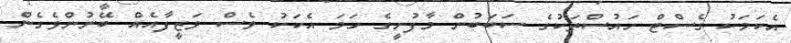
އެކަމަކު ގެސްޓް ހައުސްތަކުގެ ސަބަބުން މާފުށީގެ ހަމަ އެކަކު ވެސް ވަޒީފާއެއް ބޭނުންވެގެން